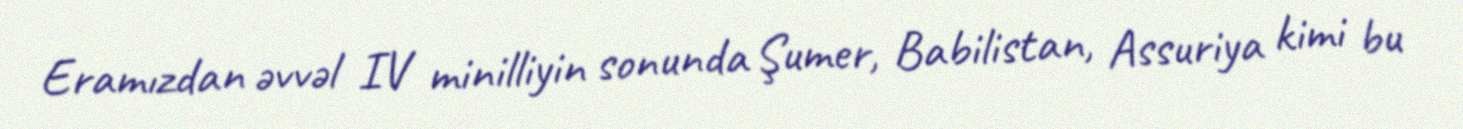
Eramızdan əvvəl IV minilliyin sonunda Şumer, Babilistan, Assuriya kimi bu